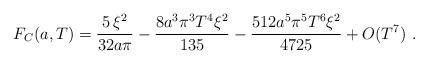
LaTeX: \begin{align*}F_C(a,T)=\frac{5\,\xi^2}{32a\pi }-\frac{8a^3\pi^3T^4\xi^2}{135}-\frac{512a^5\pi^5T^6\xi^2}{4725}+O(T^7)\,\,.\end{align*}